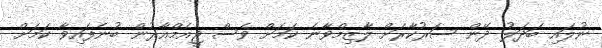
ނުލައި ބަދަލު ދޭން ސަރުކާރަށް ލާޒިމްވާނެ ކަމަށް ވެސް ޖީއެމްއާރުން ބުނެފައިވާ ކަމަށް